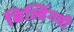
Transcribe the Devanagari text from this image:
बिल्डिंगची